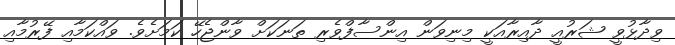
ވިދާޅުވީ ޝަރުއީ ދާއިރާއަކީ މިނިވަން އިންސާފްވެރި ތަނަކަށް ވާންޖެހޭ ކަމަށެވެ. ވައްކަމާއި ފޭރުމާއި